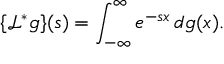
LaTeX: \{ { \mathcal { L } } ^ { * } g \} ( s ) = \int _ { - \infty } ^ { \infty } e ^ { - s x } \, d g ( x ) .